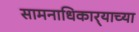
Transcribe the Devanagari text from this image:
सामनाधिकार्‍याच्या